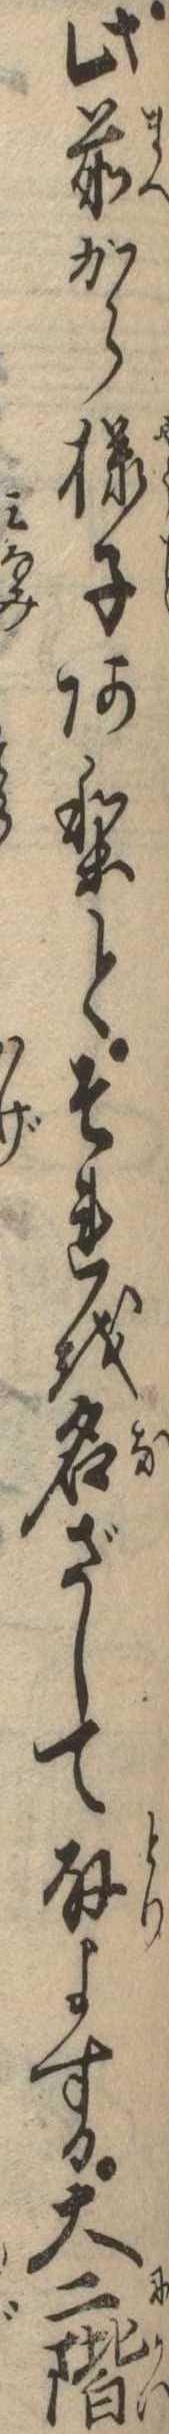
此前から様子ありとそれを名ざして取よする大二階